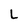
Character: L